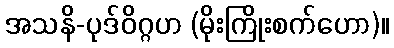
အသနိ-ပုဒ်ဝိဂ္ဂဟ (မိုးကြိုးစက်ဟော)။